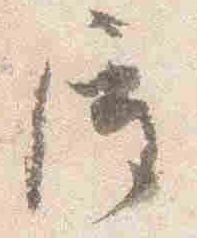
屋